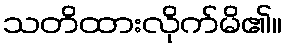
သတိထားလိုက်မိ၏။